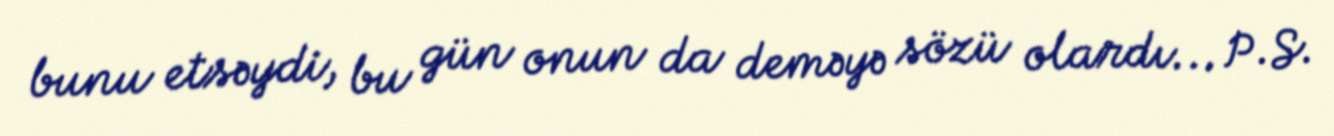
bunu etsəydi, bu gün onun da deməyə sözü olardı... P.S.